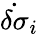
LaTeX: \dot{\delta\sigma}_{i}